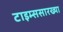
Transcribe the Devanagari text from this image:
टाइम्ससारख्या